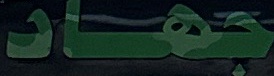
جهاد